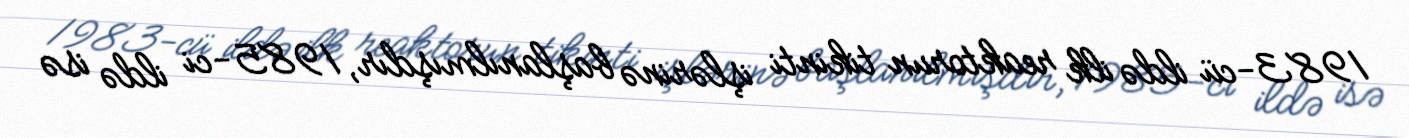
1983-cü ildə ilk reaktorun tikinti işlərinə başlanılmışdır, 1985-ci ildə isə